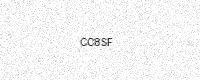
Text: CC8SF